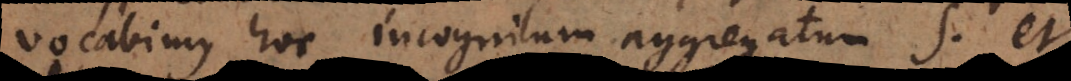
vocabimus hoc incognitum aggregatum s, et